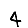
Digit: 4